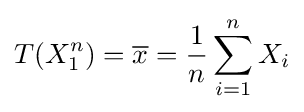
T(X_{1}^{n})={\overline {x}}={\frac {1}{n}}\sum _{i=1}^{n}X_{i}